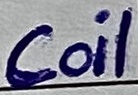
Text: Coil